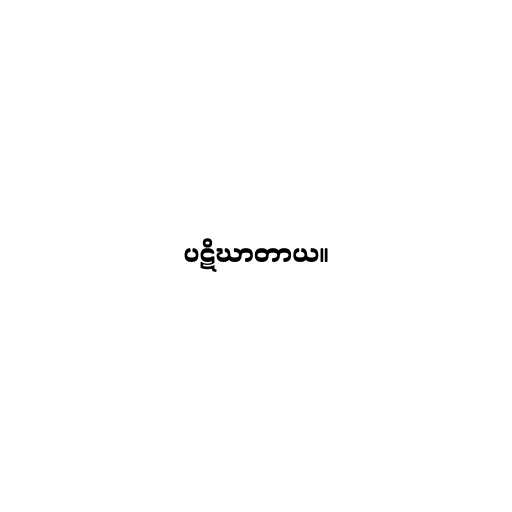
ပဋိဃာတာယ။